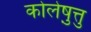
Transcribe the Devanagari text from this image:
कोलेष़ुत्तु